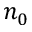
n _ { 0 }